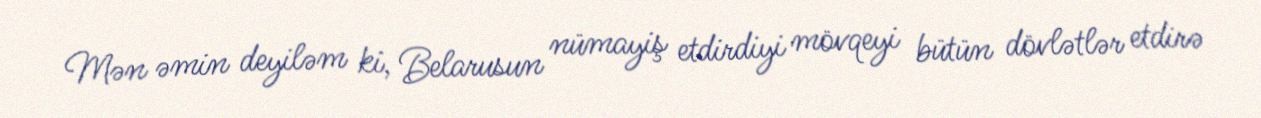
Mən əmin deyiləm ki, Belarusun nümayiş etdirdiyi mövqeyi bütün dövlətlər etdirə